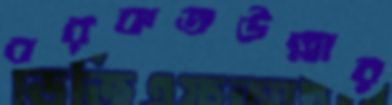
বরকতউল্লার